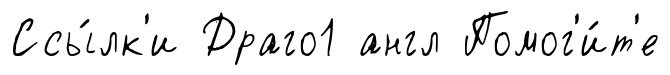
Ссы́лк'и Драго1 англ Помог'и́т'е